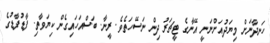
ހަނދާނަށް މިޔަދުއަށްނަނީ އޭނާގެ ޓީޗަރު ދިން ނަސޭހަތެވެ. ރީނާ. ބަސްއަހައިގެން ކިޔަވާތި. ފާޑުފާޑުގެ